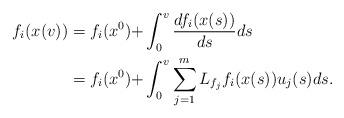
LaTeX: \begin{align*}f_i(x(v))&=f_i(x^0){+}\int_0^v\frac{d f_i(x(s))}{d s}ds\\&=f_i(x^0){+}\int_0^v\sum_{j=1}^m L_{f_j}f_i(x(s))u_j(s)ds.\end{align*}